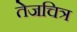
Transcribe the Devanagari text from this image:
तेजचित्र